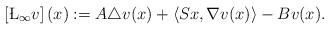
LaTeX: \begin{align*} \left[\L_{\infty}v\right](x):=A\triangle v(x)+\left\langle Sx,\nabla v(x)\right\rangle-Bv(x).\end{align*}